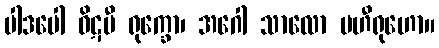
ပါဒပေါ ဝိဋပီ ရုက္ခော၊ အဂေါ သာလော မဟီရုဟော။